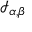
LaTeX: { \mathcal { I } } _ { \alpha , \beta }